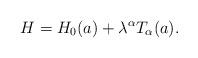
LaTeX: \begin{align*}H=H_{0}(a)+\lambda^{\alpha}T_{\alpha}(a).\end{align*}